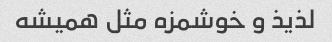
لذیذ و خوشمزه مثل همیشه